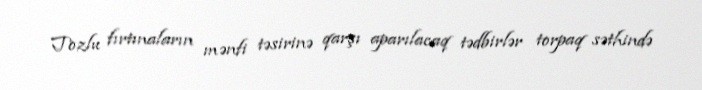
Tozlu fırtınaların mənfi təsirinə qarşı aparılacaq tədbirlər torpaq səthində